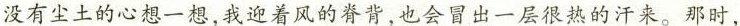
没有尘土的心想一想，我迎着风的脊背，也会冒出一层很热的汗来。那时，